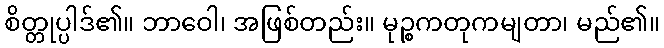
စိတ္တုပ္ပါဒ်၏။ ဘာဝေါ၊ အဖြစ်တည်း။ မုဉ္စကတုကမျတာ၊ မည်၏။